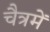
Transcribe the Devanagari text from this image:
चैत्रमें